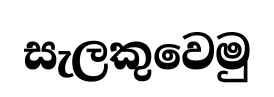
සැලකුවෙමු